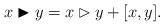
LaTeX: \begin{align*}x\blacktriangleright y=x \rhd y+ [x,y].\end{align*}